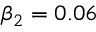
\beta _ { 2 } = 0 . 0 6